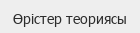
Өрістер теориясы